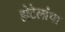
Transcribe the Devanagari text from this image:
होटेलांचा